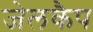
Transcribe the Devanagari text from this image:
जेलकैप